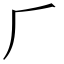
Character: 𠂆